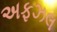
અફઝલ